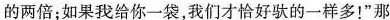
的两倍；如果我给你一袋，我们才恰好驮的一样多！”那